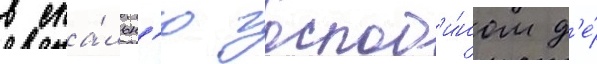
в спа́льн'ю господ'и́ном д'е́